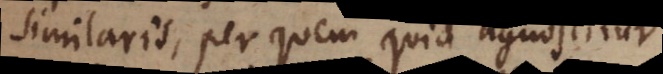
similaris, per quem quid agnoscitur